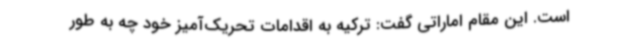
است. این مقام اماراتی گفت: ترکیه به اقدامات تحریک‌آمیز خود چه به طور